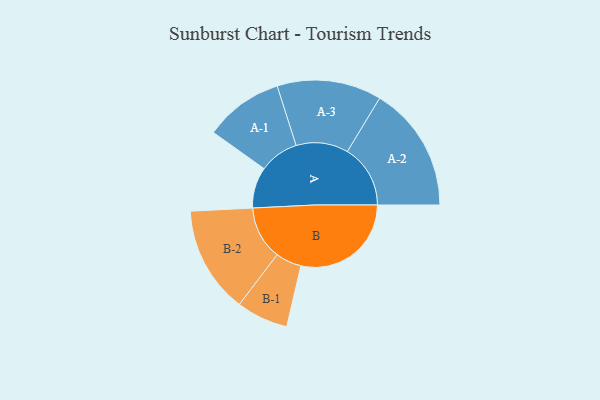
{"axis": {"x": "Segment", "y": "Value"}, "legend": ["", "A", "B"], "data": [{"x": "A", "y": 176, "type": ""}, {"x": "B", "y": 473, "type": ""}, {"x": "A-1", "y": 169, "type": "A"}, {"x": "A-2", "y": 270, "type": "A"}, {"x": "A-3", "y": 224, "type": "A"}, {"x": "B-1", "y": 111, "type": "B"}, {"x": "B-2", "y": 229, "type": "B"}]}